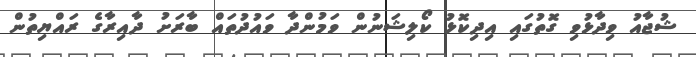
ޝުޖާއު ވިދާޅުވި ގޮތުގައި އިދިކޮޅު ކޯލިޝަނުން ވަމުންދާ ވައުދުތައް ބާރަށު ދާއިރާގެ ރައްޔިތުން